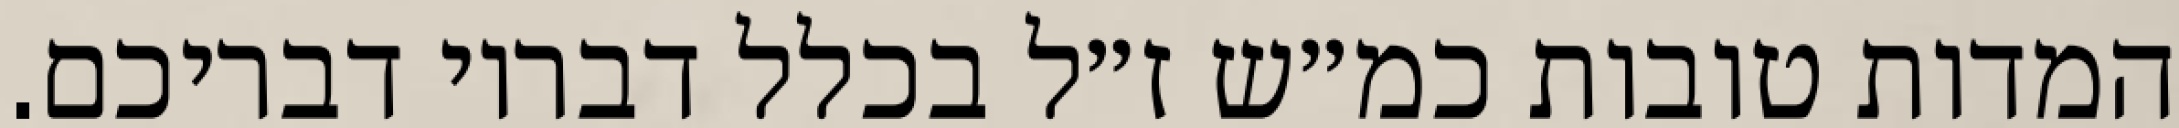
המדות טובות כמ״ש ז״ל בכלל דבריו דבריכם.